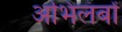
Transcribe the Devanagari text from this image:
अभिलंबों